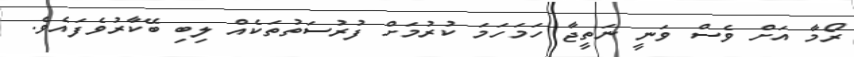
ރޯމާ އަށް ވެސް ވަނީ ނަތީޖާ ހަމަހަމަ ކުރުމަށް ފުރުސަތުތަކެއް ލިބި ބޭކާރުވެފައެވެ.